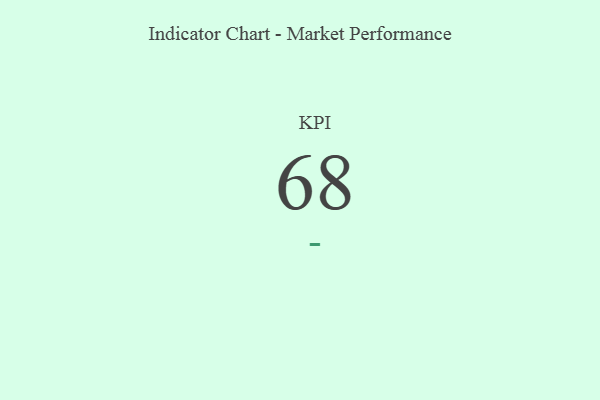
{"axis": {"x": "KPI", "y": "Value"}, "legend": [""], "data": [{"x": "KPI", "y": 68, "type": ""}]}